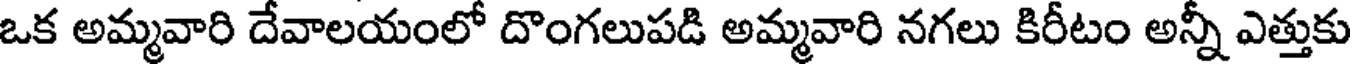
ఒక అమ్మవారి దేవాలయంలో దొంగలుపడి అమ్మవారి నగలు కిరీటం అన్నీ ఎత్తుకు